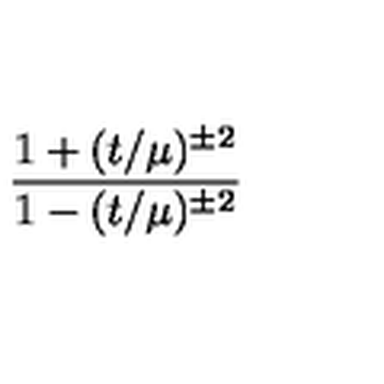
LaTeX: { \frac { 1 + ( t / \mu ) ^ { \pm 2 } } { 1 - ( t / \mu ) ^ { \pm 2 } } }